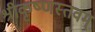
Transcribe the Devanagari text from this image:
श्रीकृष्णस्तवम्